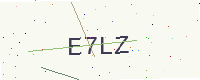
Text: E7LZ